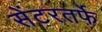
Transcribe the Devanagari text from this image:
सेंटरतर्फे